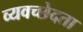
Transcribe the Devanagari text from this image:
व्यवच्छेदता